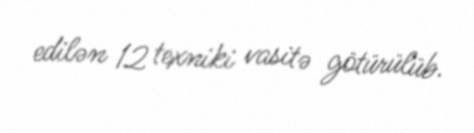
edilən 12 texniki vasitə götürülüb.